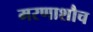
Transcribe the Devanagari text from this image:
मरणाशौच